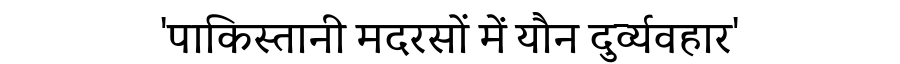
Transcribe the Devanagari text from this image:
'पाकिस्तानी मदरसों में यौन दुर्व्यवहार'